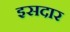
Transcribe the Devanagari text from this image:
इसदार